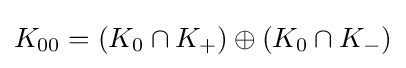
K_{00}=(K_{0}\cap K_{+})\oplus (K_{0}\cap K_{-})